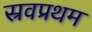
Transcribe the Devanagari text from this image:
स्रवप्रथम